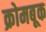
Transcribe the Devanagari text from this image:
क्रोमबूक